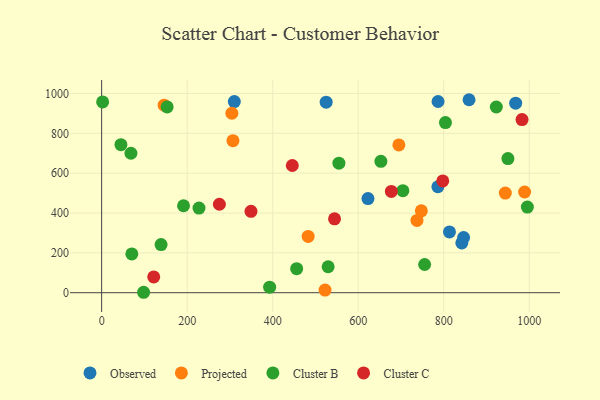
{"axis": {"x": "Experience", "y": "Salary"}, "legend": ["Cluster B", "Cluster C", "Observed", "Projected"], "data": [{"x": "846.5", "y": 277.0, "type": "Observed"}, {"x": "310.3", "y": 959.4, "type": "Observed"}, {"x": "525.1", "y": 956.5, "type": "Observed"}, {"x": "813.5", "y": 304.9, "type": "Observed"}, {"x": "786.4", "y": 531.9, "type": "Observed"}, {"x": "622.9", "y": 472.7, "type": "Observed"}, {"x": "786.8", "y": 959.7, "type": "Observed"}, {"x": "842.3", "y": 250.0, "type": "Observed"}, {"x": "968.3", "y": 951.6, "type": "Observed"}, {"x": "859.3", "y": 968.7, "type": "Observed"}, {"x": "989.2", "y": 505.5, "type": "Projected"}, {"x": "695.2", "y": 741.6, "type": "Projected"}, {"x": "304.5", "y": 900.7, "type": "Projected"}, {"x": "944.1", "y": 500.3, "type": "Projected"}, {"x": "522.5", "y": 13.1, "type": "Projected"}, {"x": "483.0", "y": 282.6, "type": "Projected"}, {"x": "307.1", "y": 763.4, "type": "Projected"}, {"x": "737.5", "y": 363.0, "type": "Projected"}, {"x": "747.7", "y": 410.9, "type": "Projected"}, {"x": "146.2", "y": 941.1, "type": "Projected"}, {"x": "554.9", "y": 650.3, "type": "Cluster B"}, {"x": "653.1", "y": 659.3, "type": "Cluster B"}, {"x": "804.1", "y": 854.1, "type": "Cluster B"}, {"x": "139.0", "y": 241.7, "type": "Cluster B"}, {"x": "755.4", "y": 141.6, "type": "Cluster B"}, {"x": "2.3", "y": 957.8, "type": "Cluster B"}, {"x": "45.1", "y": 743.0, "type": "Cluster B"}, {"x": "191.5", "y": 436.6, "type": "Cluster B"}, {"x": "68.5", "y": 700.0, "type": "Cluster B"}, {"x": "98.1", "y": 2.2, "type": "Cluster B"}, {"x": "456.1", "y": 120.8, "type": "Cluster B"}, {"x": "995.7", "y": 429.7, "type": "Cluster B"}, {"x": "227.7", "y": 425.0, "type": "Cluster B"}, {"x": "153.2", "y": 932.4, "type": "Cluster B"}, {"x": "529.7", "y": 130.3, "type": "Cluster B"}, {"x": "704.5", "y": 512.2, "type": "Cluster B"}, {"x": "392.9", "y": 27.9, "type": "Cluster B"}, {"x": "923.1", "y": 932.3, "type": "Cluster B"}, {"x": "70.6", "y": 194.5, "type": "Cluster B"}, {"x": "950.2", "y": 673.4, "type": "Cluster B"}, {"x": "677.6", "y": 508.6, "type": "Cluster C"}, {"x": "797.8", "y": 561.0, "type": "Cluster C"}, {"x": "121.8", "y": 79.0, "type": "Cluster C"}, {"x": "275.4", "y": 444.1, "type": "Cluster C"}, {"x": "445.9", "y": 638.6, "type": "Cluster C"}, {"x": "983.2", "y": 869.3, "type": "Cluster C"}, {"x": "544.7", "y": 371.1, "type": "Cluster C"}, {"x": "349.3", "y": 408.7, "type": "Cluster C"}]}